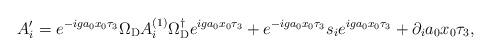
LaTeX: \begin{align*} A_i^{\prime} = e^{-iga_{0}x_{0}\tau_{3}} \Omega_{{\rm D}} A_{i}^{(1)} \Omega_{{\rm D}}^{\dagger} e^{iga_{0}x_{0}\tau_{3}} + e^{-iga_{0}x_{0}\tau_{3}} s_{i} e^{iga_{0}x_{0}\tau_{3}} + \partial_{i} a_{0} x_{0} \tau_{3} ,\end{align*}